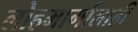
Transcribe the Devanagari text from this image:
लोहमार्गालाही